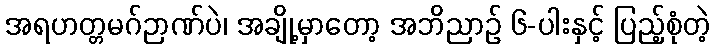
အရဟတ္တမဂ်ဉာဏ်ပဲ၊ အချို့မှာတော့ အဘိညာဉ် ၆-ပါးနှင့် ပြည့်စုံတဲ့